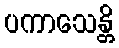
ပကာသေန္တိ